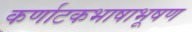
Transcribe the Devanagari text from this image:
कर्णाटकभाषाभूषण